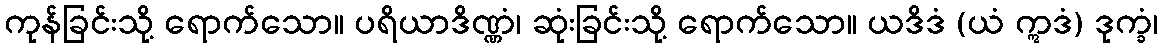
ကုန်ခြင်းသို့ ရောက်သော။ ပရိယာဒိဏ္ဏံ၊ ဆုံးခြင်းသို့ ရောက်သော။ ယဒိဒံ (ယံ ဣဒံ) ဒုက္ခံ၊